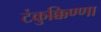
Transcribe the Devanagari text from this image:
टंकुक्किण्णा